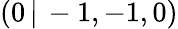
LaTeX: (0\, |\, -1,-1,0)